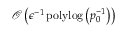
\mathcal { O } \left( \epsilon ^ { - 1 } \operatorname { p o l y l o g } \left( p _ { 0 } ^ { - 1 } \right) \right)